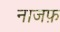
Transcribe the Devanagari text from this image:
नाजफ़